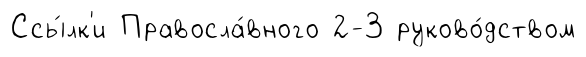
Ссы́лк'и Правосла́вного 2-3 руково́дством